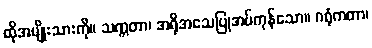
ထိုအမျိုးသားကို။ သက္ကတာ၊ အရိုအသေပြုအပ်ကုန်သော။ ဂရုံကတာ၊